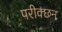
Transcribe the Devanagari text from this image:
परीक्छन